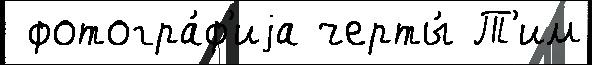
 фотогра́ф'иjа черты́ Т'им